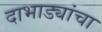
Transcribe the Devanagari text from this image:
दाभाड्यांचा